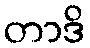
တာဒိ